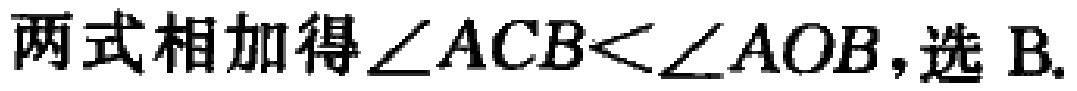
两式相加得\(\angle ACB<\angle AOB\)，选 B.